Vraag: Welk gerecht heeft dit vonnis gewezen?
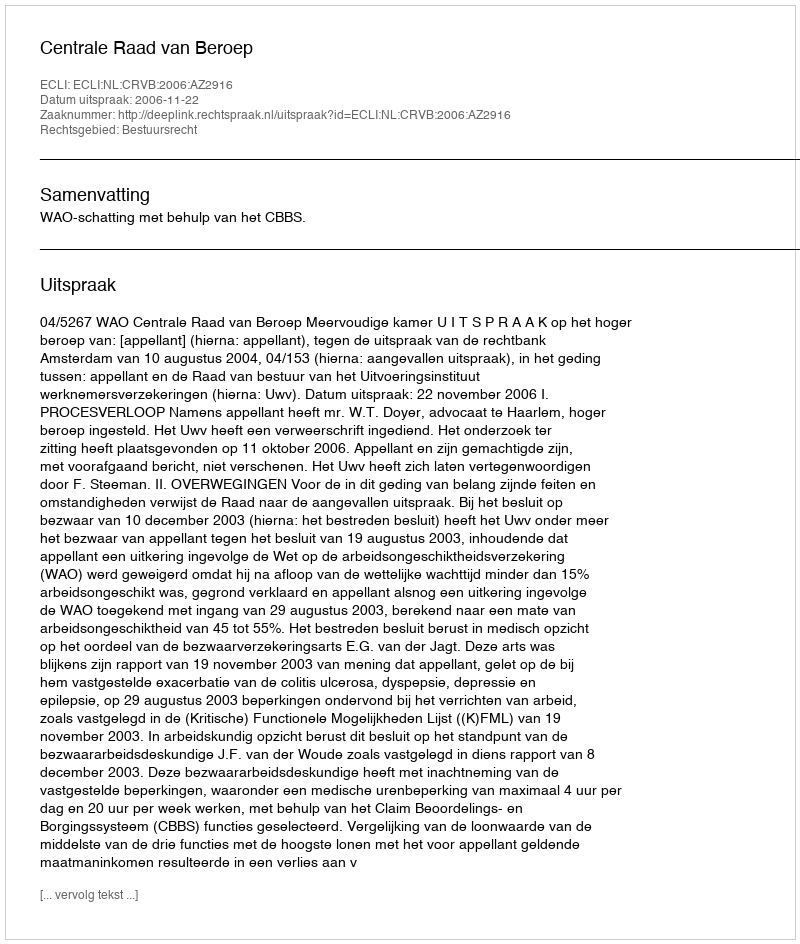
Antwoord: Centrale Raad van Beroep